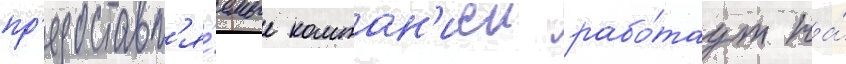
пр'едоставл'я́емые компан'иеи рабо́таут на́